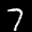
Label: 7